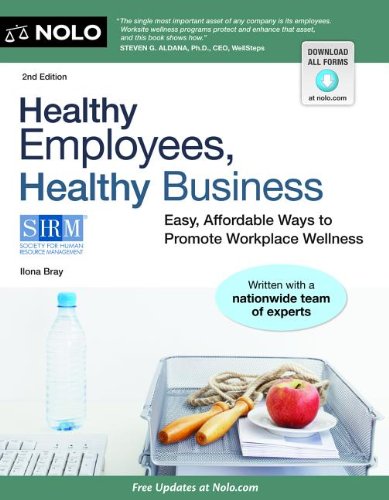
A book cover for Healthy Employees, Healthy Business: Easy, Affordable Ways to Promote Workplace Wellness; Ilona Bray; Health, Fitness & Dieting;